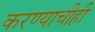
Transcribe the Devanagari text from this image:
करण्‍याचीही